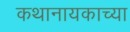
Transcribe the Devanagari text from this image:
कथानायकाच्या